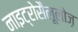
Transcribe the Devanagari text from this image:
नाइट्रोसैलूलोज़